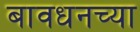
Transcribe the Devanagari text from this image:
बावधनच्या